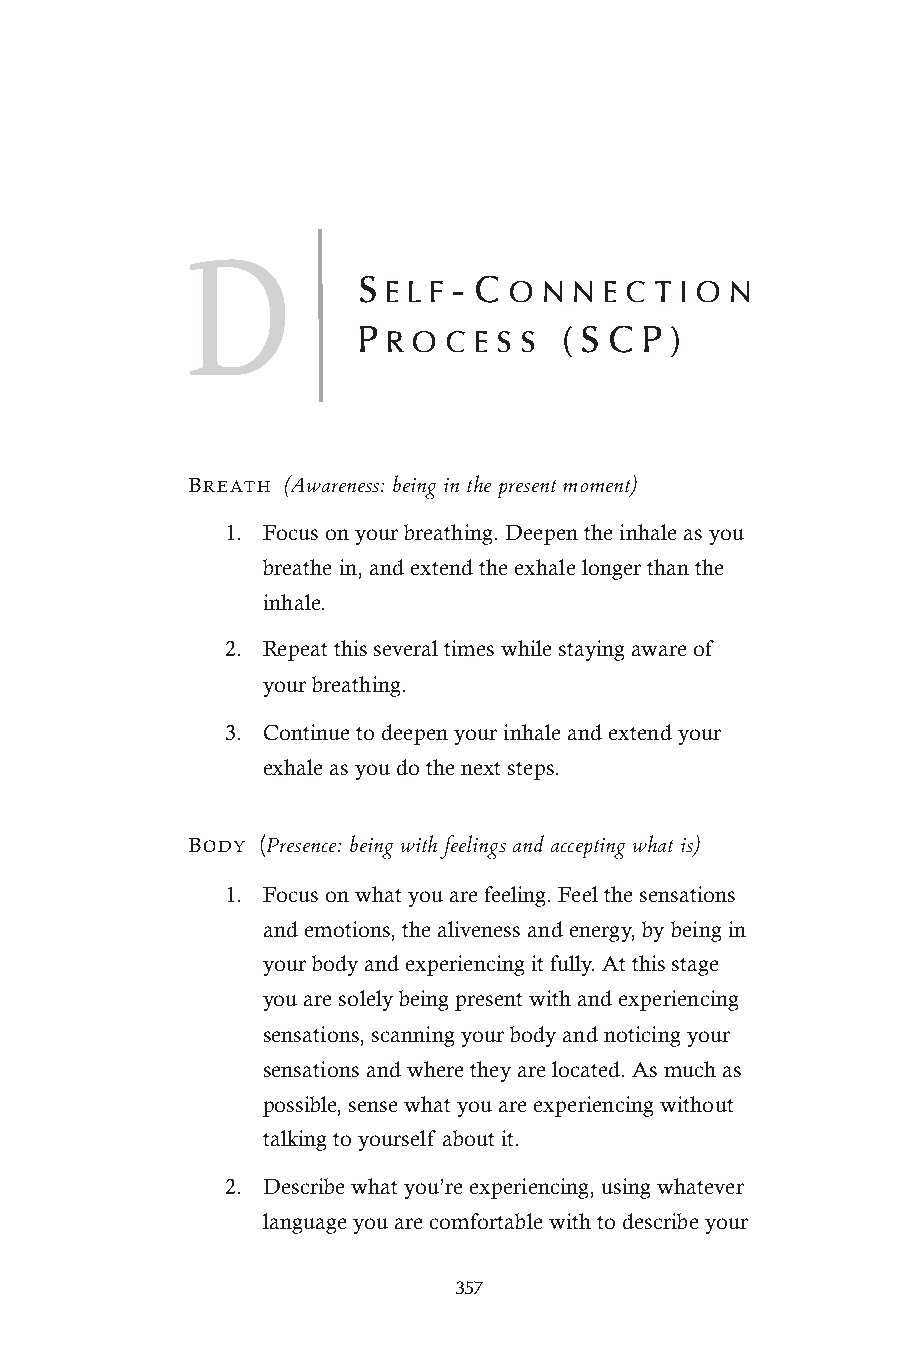
D
 S E L F - C O N N E C T I O N
 P R O C E S S ( S C P )
 BREATH
 (Awareness: being in the present moment)
 1. Focus on your breathing. Deepen the inhale as you
 breathe in, and extend the exhale longer than the
 inhale.
 2. Repeat this several times while staying aware of
 your breathing.
 3. Continue to deepen your inhale and extend your
 exhale as you do the next steps.
 BODY (Presence: being with feelings and accepting what is)
 1. Focus on what you are feeling. Feel the sensations
 and emotions, the aliveness and energy, by being in
 your body and experiencing it fully. At this stage
 you are solely being present with and experiencing
 sensations, scanning your body and noticing your
 sensations and where they are located. As much as
 possible, sense what you are experiencing without
 talking to yourself about it.
 2. Describe what you’re experiencing, using whatever
 language you are comfortable with to describe your
 357